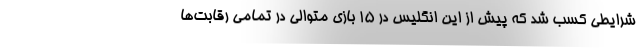
شرایطی کسب شد که پیش از این انگلیس در 15 بازی متوالی در تمامی رقابت‌ها